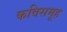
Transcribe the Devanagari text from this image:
कविसमूह